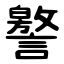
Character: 譥